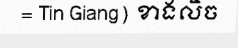
= Tin Giang) ខាងលិច